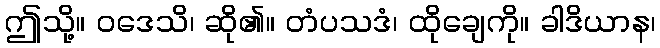
ဤသို့။ ဝဒေသိ၊ ဆို၏။ တံပသဒံ၊ ထိုချေကို။ ခါဒိယာန၊